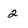
Character: 2